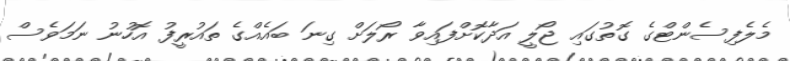
މެލެފިސެންޓްގެ ގޮތުގައި ޖޯލީ އަދާކޮށްފައިވާ ރޯލަށް ގިނަ ބައެއްގެ ތައުރީފު އޮހުނު ނަމަވެސް